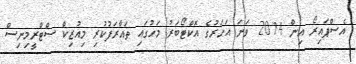
އެސްޕައިރޯ އިން 2014 ވަނަ އަހަރުގެ އޮކްޓޯބަރު މަހުގައި ތައާރަފުކުރި މިއުޒިކް ސްޓްރީމިނިސް